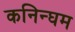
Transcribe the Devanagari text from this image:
कनिन्घम